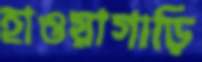
হাওয়াগাড়ি